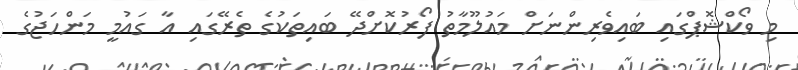
މި ވޯކްޝޮޕްގައި ބައިވެރިންނަށް މައުލޫމާތު ފޯރުކޮށްދޭ ބައިތަކުގެ ތެރޭގައި އާ ގައުމީ މަންހަޖުގެ